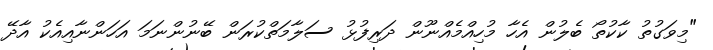
"މިވަގުތު ކާކުތޯ ބެލުން އެހާ މުހިއްމެއްނޫން ދަރިފުޅު ސަލާމަތްކުރަން ބޭނުންނަމަ އަހަންނާއިއެކު އާދޭ